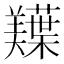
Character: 𫅠